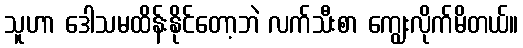
သူဟာ ဒေါသမထိန်းနိုင်တော့ဘဲ လက်သီးစာ ကျွေးလိုက်မိတယ်။